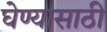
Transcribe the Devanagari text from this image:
घेण्‍यासाठी